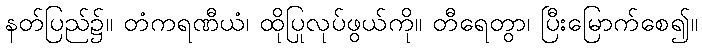
နတ်ပြည်၌။ တံကရဏီယံ၊ ထိုပြုလုပ်ဖွယ်ကို။ တီရေတွာ၊ ပြီးမြောက်စေ၍။